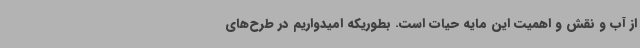
از آب و نقش و اهمیت این مایه حیات است. بطوریکه امیدواریم در طرح‌های